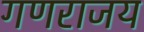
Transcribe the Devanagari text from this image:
गणराजय